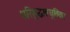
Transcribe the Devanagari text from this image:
परिशुद्धावधूतिका